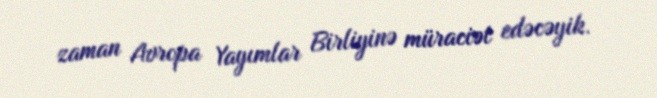
zaman Avropa Yayımlar Birliyinə müraciət edəcəyik.